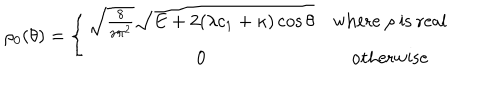
LaTeX: \rho _ { 0 } ( \theta ) = \left\{ \begin{matrix} { { \sqrt { \frac { 8 } { \gamma \pi ^ { 2 } } } \sqrt { E + 2 ( \lambda c _ { 1 } + \kappa ) \cos { \theta } } } } & { { \mathrm { w h e r e ~ } \rho \mathrm { ~ i s ~ r e a l } } } \\ { { 0 } } & { { \mathrm { o t h e r w i s e } } } \\ \end{matrix} \right.